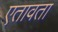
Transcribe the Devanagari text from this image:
एतावता